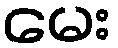
မေး